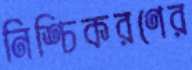
নিশ্চিকরণের